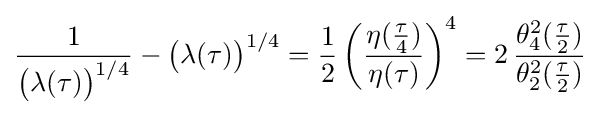
{\frac {1}{{\big (}\lambda (\tau ){\big )}^{1/4}}}-{\big (}\lambda (\tau ){\big )}^{1/4}={\frac {1}{2}}\left({\frac {\eta ({\tfrac {\tau }{4}})}{\eta (\tau )}}\right)^{4}=2\,{\frac {\theta _{4}^{2}({\tfrac {\tau }{2}})}{\theta _{2}^{2}({\tfrac {\tau }{2}})}}